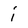
Character: i